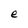
Character: e